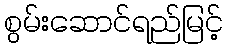
စွမ်းဆောင်ရည်မြင့်